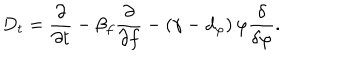
D _ { t } = \frac { \partial } { \partial t } - \beta _ { f } \frac { \partial } { \partial f } - \left( \gamma - d _ { \varphi } \right) \varphi \frac { \delta } { \delta \varphi } .